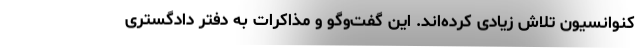
کنوانسیون تلاش زیادی کرده‌اند. این گفت‌و‌گو و مذاکرات به دفتر دادگستری